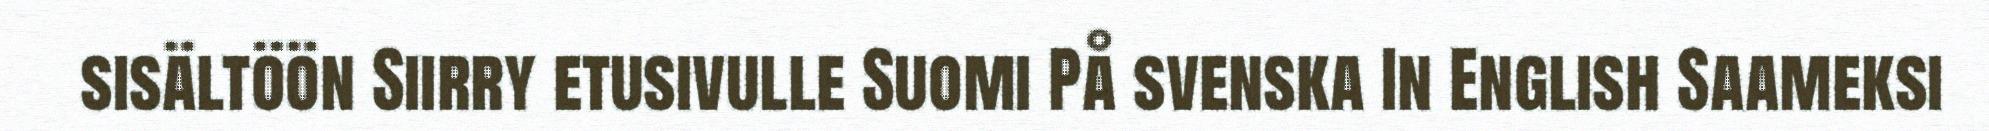
sisältöön Siirry etusivulle Suomi På svenska In English Saameksi